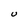
Character: U